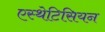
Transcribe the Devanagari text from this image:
एस्थेटिसियन